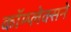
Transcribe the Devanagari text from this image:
कॉम्प्लेक्सने